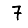
Digit: 7